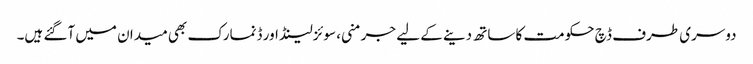
دوسری طرف ڈچ حکومت کا ساتھ دینے کے لیے جرمنی، سوئزلینڈ اور ڈنمارک بھی میدان میں آگئے ہیں۔